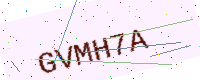
Text: GVMH7A